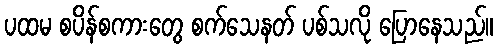
ပထမ စပိန်စကားတွေ စက်သေနတ် ပစ်သလို ပြောနေသည်။